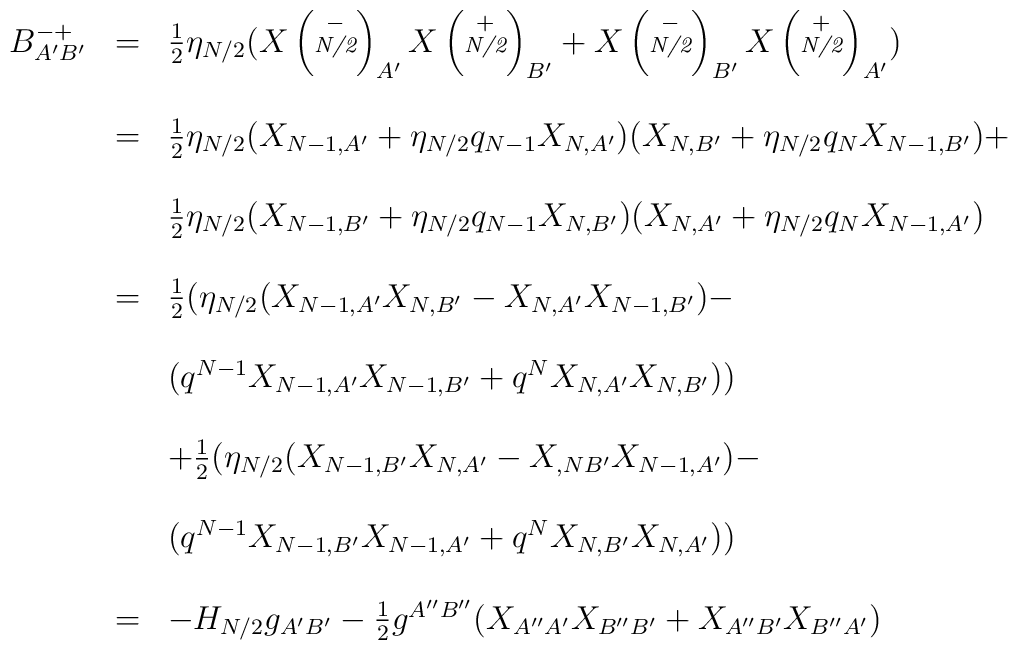
\begin{array}{lcl}B^{-+}_{A'B'} &=& \frac{1}{2} \eta_{N/2}(X\left(\stackrel{-}{\hbox{\scriptsize\it{N/2}}}\right)_{A'}X\left(\stackrel{+}{\hbox{\scriptsize\it{N/2}}}\right)_{B'} +X\left(\stackrel{-}{\hbox{\scriptsize\it{N/2}}}\right)_{B'}X\left(\stackrel{+}{\hbox{\scriptsize\it{N/2}}}\right)_{A'})\cr&  & \cr &=&\frac{1}{2} \eta_{N/2}(X_{N-1, A'} + \eta_{N/2} q_{N-1} X_{N, A'})(X_{N, B'} + \eta_{N/2} q_N X_{N-1, B'}) + \cr&  & \cr & & \frac{1}{2} \eta_{N/2}(X_{N-1, B'} + \eta_{N/2} q_{N-1} X_{N, B'})(X_{N, A'} + \eta_{N/2} q_N X_{N-1, A'})\cr&  & \cr &=&\frac{1}{2}(\eta_{N/2}(X_{N-1, A'} X_{N, B'}- X_{N ,A'} X_{N-1, B'}) -\cr & & \cr & &(q^{N-1} X_{N-1, A'} X_{N-1, B'} + q^N X_{N, A'} X_{N, B'})) \cr&  & \cr & & +\frac{1}{2}(\eta_{N/2}(X_{N-1, B'} X_{N, A'}- X_{, NB'} X_{N-1, A'}) -\cr & & \cr & &(q^{N-1} X_{N-1, B'}X_{N-1, A'} + q^N X_{N, B'}X_{N, A'}))\cr &  & \cr &=& - H_{N/2} g_{A' B'} - \frac{1}{2} g^{A''B''}(X_{A'' A'} X_{B'' B'} +X_{A'' B'} X_{B'' A'})\end{array}